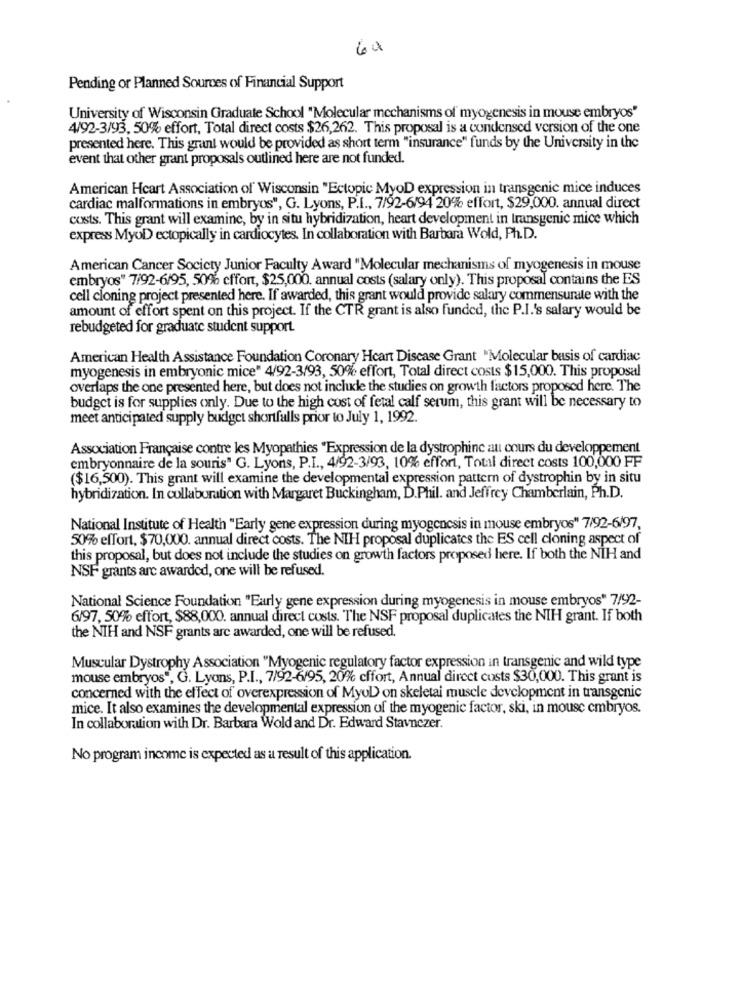
64
Pending or Planned Sources of Financial Support
University of Wisconsin Graduate School "Molecular mechanisms of myogenesis in mouse embryos"
4/92-3/93, 50% effort, Total direct costs $26,262. This proposal is a condensed version of the one
presented here. This grant would be provided as short term "insurance" funds by the University in the
event that other grant proposals outlined here are not funded.
American Heart Association of Wisconsin "Ectopic MyoD expression in transgenic mice induces
cardiac malformations in embryos", G. Lyons, P.I ., 7/92-6/94 20% effort, $29,000. annual direct
costs. This grant will examine, by in situ hybridization, heart development in transgenic mice which
express MyoD ectopically in cardiocytes. In collaboration with Barbara Wold, Ph.D.
American Cancer Society Junior Faculty Award "Molecular mechanisms of myogenesis in mouse
embryos" 7/92-6/95, 50% effort, $25,000. annual costs (salary only). This proposal contains the ES
cell cloning project presented here. If awarded, this grant would provide salary commensurate with the
amount of effort spent on this project. If the CTR grant is also funded, the P.I.'s salary would be
rebudgeted for graduate student support.
American Health Assistance Foundation Coronary Heart Disease Grant "Molecular basis of cardiac
myogenesis in embryonic mice" 4/92-3/93, 50% effort, Total direct costs $15,000. This proposal
overlaps the one presented here, but does not inclukle the studies on growth factors proposed here. The
budget is for supplies only. Due to the high cost of fetal calf serum, this grant will be necessary to
meet anticipated supply budget shortfalls prior to July 1, 1992.
Association Française contre les Myopathies "Expression de la dystrophinc au cours du developpement
embryonnaire de la souris" G. Lyons, P.I ., 4/92-3/93, 10% effort, Total direct costs 100,000 FF
($16,500). This grant will examine the developmental expression pattern of dystrophin by in situ
hybridization. In collaboration with Margaret Buckingham, D.Phil. and Jeffrey Chamberlain, Ph.D.
National Institute of Health "Early gene expression during myogenesis in mouse embryos" 7/92-6/97,
50% effort, $70,000. annual direct costs. The NIH proposal duplicates the ES cell cloning aspect of
this proposal, but does not include the studies on growth factors proposed here. If both the NIH and
NSF grants arc awarded, one will be refused.
National Science Foundation "Early gene expression during myogenesis in mouse embryos" 7/92-
6/97, 50% effort, $88,000. annual direct costs. The NSF proposal duplicates the NIH grant. If both
the NIH and NSF grants are awarded, one will be refused.
Muscular Dystrophy Association "Myogenic regulatory factor expression in transgenic and wild type
mouse embryos", G. Lyons, P.I ., 7/92-6/95, 20% effort, Annual direct costs $30,000. This grant is
concerned with the effect of overexpression of MyoD on skeletal muscle development in transgenic
mice. It also examines the developmental expression of the myogenic factor, ski, in mouse embryos.
In collaboration with Dr. Barbara Wold and Dr. Edward Stavnczer.
No program income is expected as a result of this application.